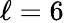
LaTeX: \ell=6